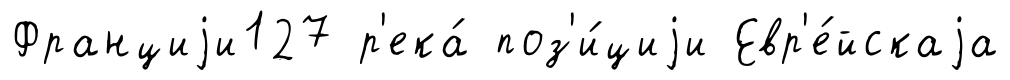
Франциjи127 р'ека́ поз'и́циjи Евр'е́йскаjа